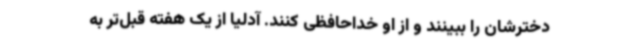
دخترشان را ببینند و از او خداحافظی کنند. آدلیا از یک هفته قبل‌تر به